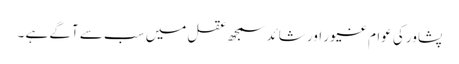
پشاور کی عوام غیور اور شائد سمجھ عقل میں سب سے آگے ہے ۔